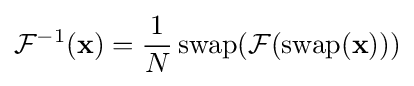
{\mathcal {F}}^{-1}(\mathbf {x} )={\frac {1}{N}}\operatorname {swap} ({\mathcal {F}}(\operatorname {swap} (\mathbf {x} )))